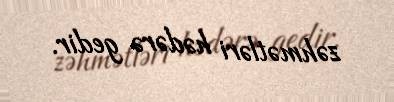
zəhmətləri hədərə gedir.